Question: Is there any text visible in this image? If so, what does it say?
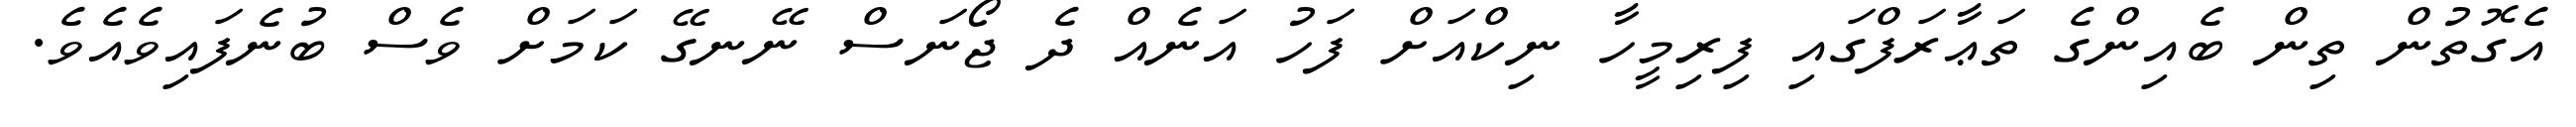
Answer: އެގޮތުން ތިން ބެއިންގެ ތަޢާރަފްގައި ފިރިމީހާ ނިކްއަށް ފަހު އަނެއް ދެ ޖޯނަސް ނޭނގޭ ކަމަށް ވެސް ބުނެފައިވެއެވެ.